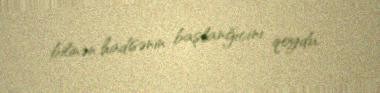
bilinən hadisənin başlanğıcını qoydu.